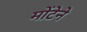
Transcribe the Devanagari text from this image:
मोंटेने